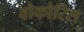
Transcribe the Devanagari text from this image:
वोकोरिस